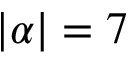
| \alpha | = 7